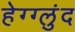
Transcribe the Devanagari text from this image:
हेग्ग्लुंद